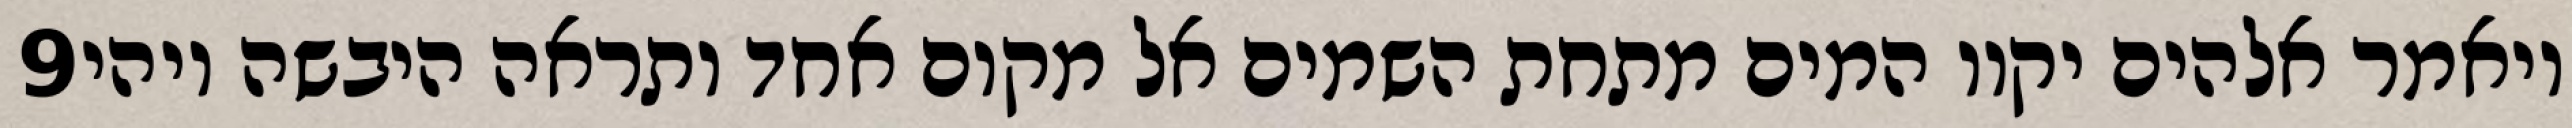
‎9‏ ויאמר אלהים יקוו המים מתחת השמים אל מקום אחד ותראה היבשה ויהי